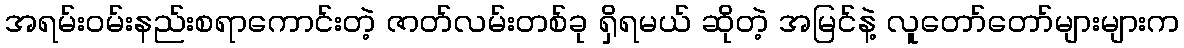
အရမ်းဝမ်းနည်းစရာကောင်းတဲ့ ဇာတ်လမ်းတစ်ခု ရှိရမယ် ဆိုတဲ့ အမြင်နဲ့ လူတော်တော်များများက